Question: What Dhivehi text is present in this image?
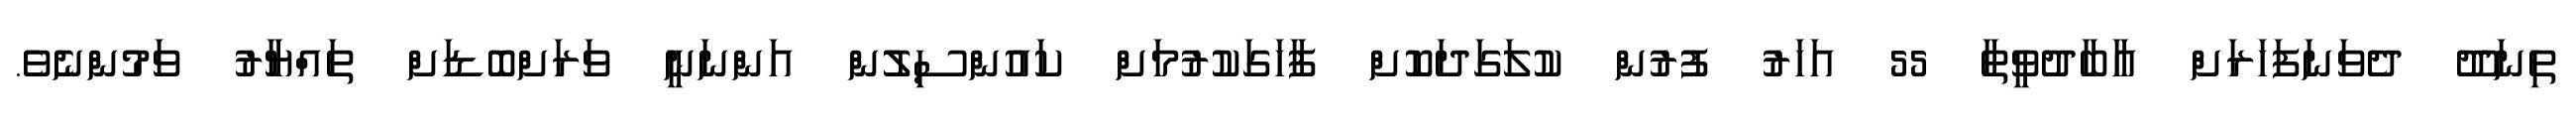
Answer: ތިނަދޫ ދެވަނަފަހަރަށް އާބާދުވީތާ 55 އަހަރު ފުރުން ކުލަގަދަކޮށް ފާހަގަކުރުމަށް ކައުންސިލުން އަންނަނީ ވަރަށްބޮޑަށް ތައްޔާރު ވަމުންނެވެ.